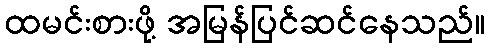
ထမင်းစားဖို့ အမြန်ပြင်ဆင်နေသည်။